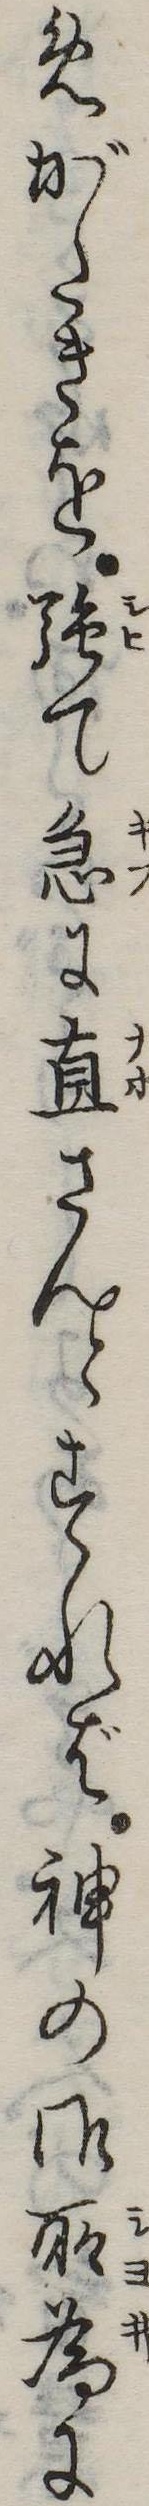
めがたきを強て急に直さんとすれば神の御所為に